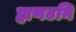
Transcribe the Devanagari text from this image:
ह्मणउनि